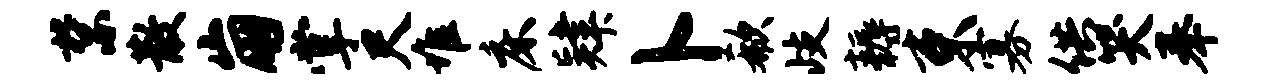
禁散崩掌尺堆床肄卜欷歧耨束寡供哭奉